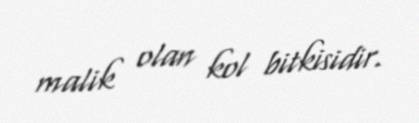
malik olan kol bitkisidir.